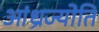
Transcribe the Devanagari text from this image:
आंध्रज्योति